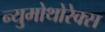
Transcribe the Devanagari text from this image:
न्युमोथोरेक्स